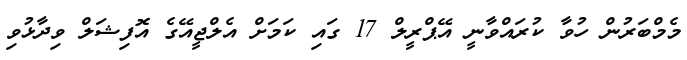
މެމްބަރުން ހުވާ ކުރައްވާނީ އޭޕްރީލް 17 ގައި ކަމަށް އެލްޖީއޭގެ އޮފިޝަލް ވިދާޅުވި